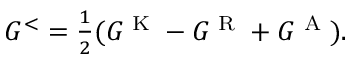
\begin{array} { r } { G ^ { < } = \frac { 1 } { 2 } ( G ^ { \textrm { K } } - G ^ { \textrm { R } } + G ^ { \textrm { A } } ) . } \end{array}